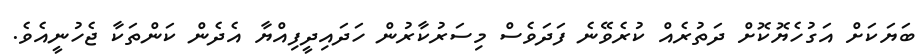
ބަޔަކަށް އަގުހެޔޮކޮށް ދަތުރެއް ކުރެވޭނެ ފަދަވެސް މިސަރުކާރުން ހަދައިދީފިއްޔާ އެދެން ކަންތަކާ ޖެހުނީއެވެ.